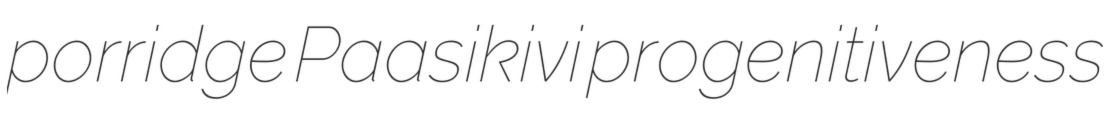
porridge Paasikivi progenitiveness